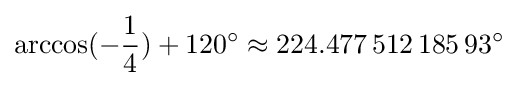
\arccos(-{\frac {1}{4}})+120^{\circ }\approx 224.477\,512\,185\,93^{\circ }